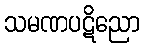
သမဏပဋိညော